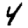
Digit: 4